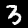
Label: 3